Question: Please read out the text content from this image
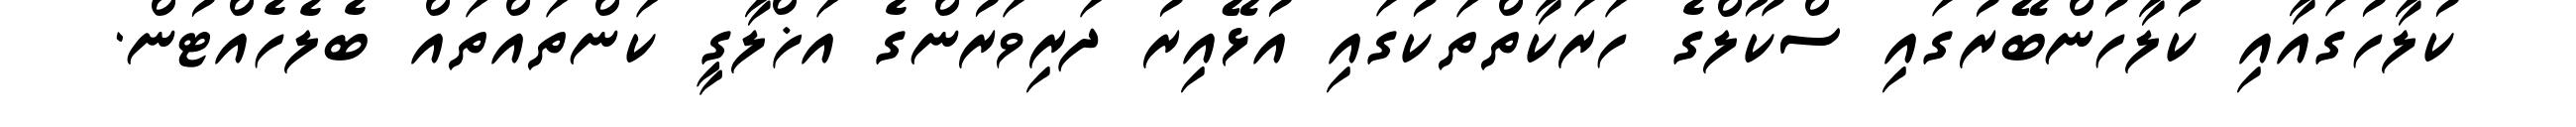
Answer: ކުލާހުގައާއި ކުލާހުންބޭރުގައި ސްކޫލްގެ ހަރަކާތްތަކުގައި އުޅޭއިރު ދަރިވަރުންގެ އަޚްލާގީ ކަންތައްތައް ބެލެހެއްޓުން.